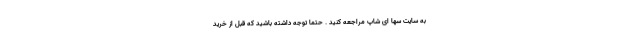
به سایت سها ای شاپ مراجعه کنید . حتما توجه داشته باشید که قبل از خرید